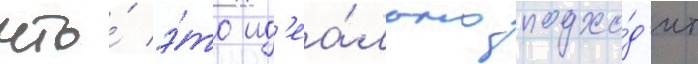
что́ э́то ид'еа́льно подхо́д'ит